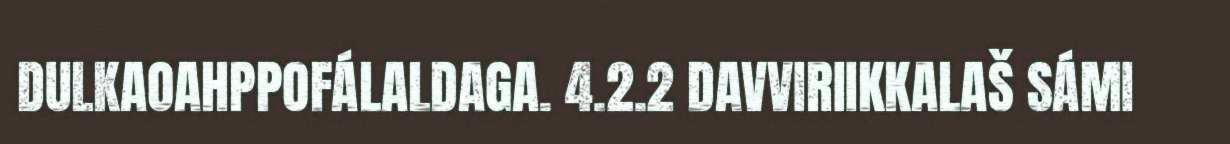
DULKAOAHPPOFÁLALDAGA. 4.2.2 DAVVIRIIKKALAŠ SÁMI